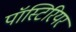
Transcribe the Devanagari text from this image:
पॉस्टिरियर